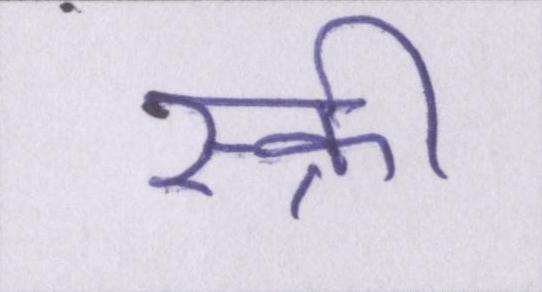
स्क्री